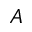
A